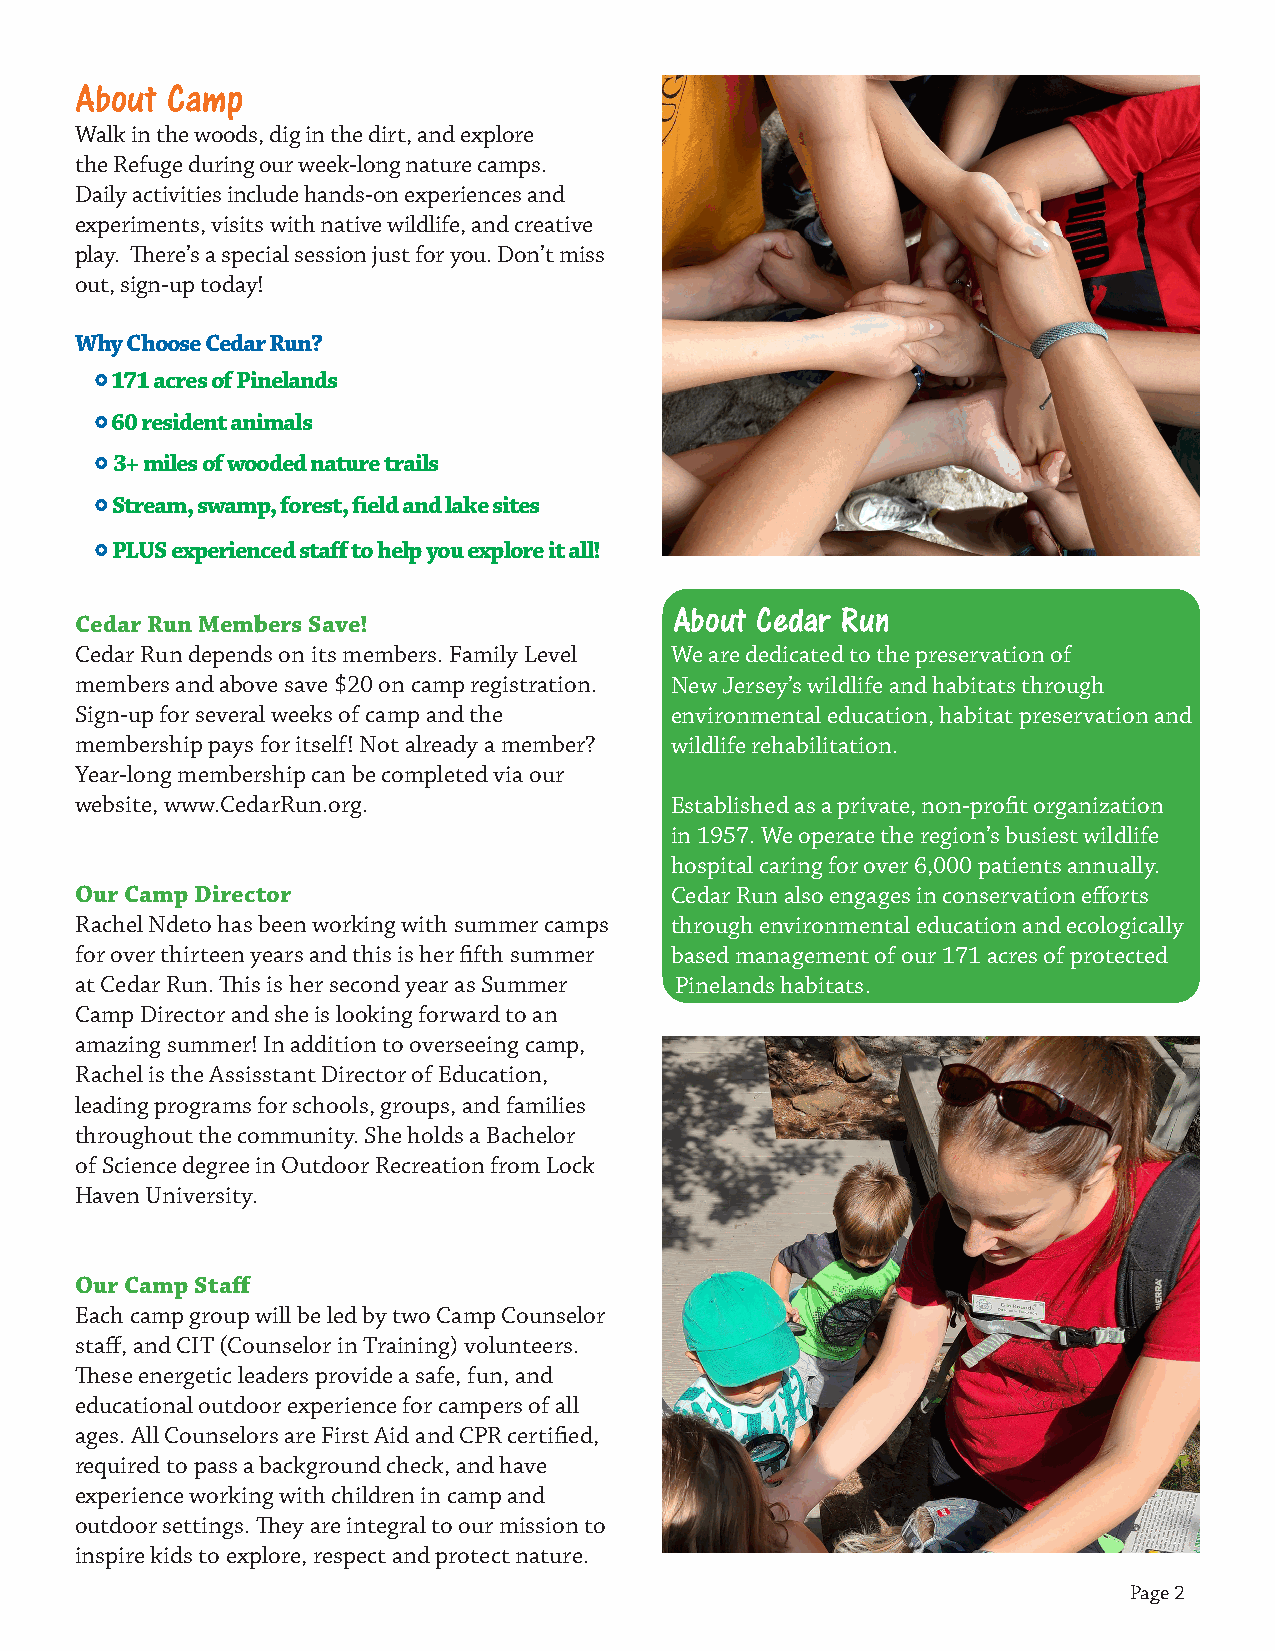
About Camp
 Walk in the woods, dig in the dirt, and explore
 the Refuge during our week-long nature camps.
 Daily activities include hands-on experiences and
 experiments, visits with native wildlife, and creative
 play. There’s a special session just for you. Don’t miss
 out, sign-up today!
 Why Choose Cedar Run?
  1 71 acres of Pinelands
  6 0 resident animals
  3 + miles of wooded nature trails
  Stream, swamp, forest, field and lake sites
  PLUS experienced staff to help you explore it all!
 About Cedar Run
 Cedar Run Members Save!
 Cedar Run depends on its members. Family Level We are dedicated to the preservation of
 members and above save $20 on camp registration. New Jersey’s wildlife and habitats through
 Sign-up for several weeks of camp and the environmental education, habitat preservation and
 membership pays for itself! Not already a member? wildlife rehabilitation.
 Year-long membership can be completed via our
 website, www.CedarRun.org.             Established as a private, non-profit organization
 in 1957. We operate the region’s busiest wildlife
 hospital caring for over 6,000 patients annually.
 Our Camp Director                      Cedar Run also engages in conservation efforts
 Rachel Ndeto has been working with summer camps through environmental education and ecologically
 for over thirteen years and this is her fifth summer based management of our 171 acres of protected
 at Cedar Run. This is her second year as Summer Pinelands habitats.
 Camp Director and she is looking forward to an
 amazing summer! In addition to overseeing camp,
 Rachel is the Assisstant Director of Education,
 leading programs for schools, groups, and families
 throughout the community. She holds a Bachelor
 of Science degree in Outdoor Recreation from Lock
 Haven University.
 Our Camp Staff
 Each camp group will be led by two Camp Counselor
 staff, and CIT (Counselor in Training) volunteers.
 These energetic leaders provide a safe, fun, and
 educational outdoor experience for campers of all
 ages. All Counselors are First Aid and CPR certified,
 required to pass a background check, and have
 experience working with children in camp and
 outdoor settings. They are integral to our mission to
 inspire kids to explore, respect and protect nature.
 Page 2